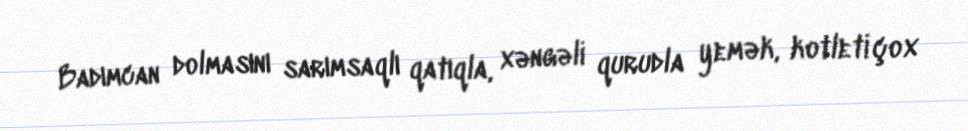
Badımcan dolmasını sarımsaqlı qatıqla, xəngəli qurudla yemək, kotleti çox